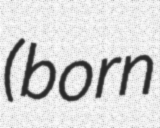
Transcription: (born